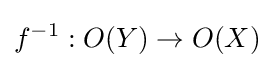
f^{-1}:O(Y)\to O(X)